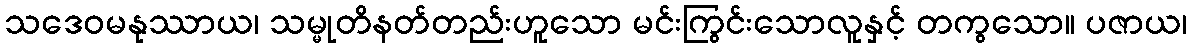
သဒေဝမနုဿာယ၊ သမ္မုတိနတ်တည်းဟူသော မင်းကြွင်းသောလူနှင့် တကွသော။ ပဇာယ၊